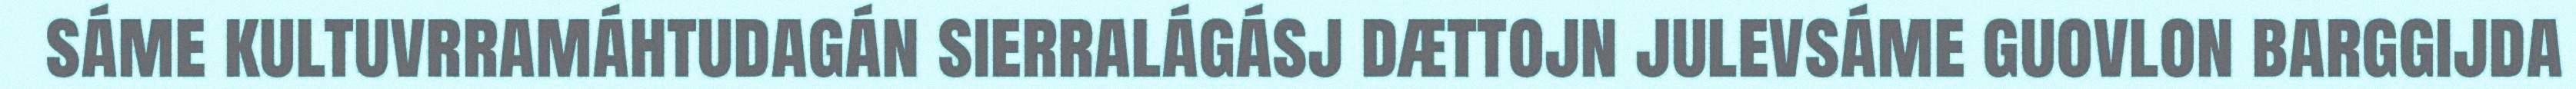
sáme kultuvrramáhtudagán sierralágásj dættojn julevsáme guovlon barggijda